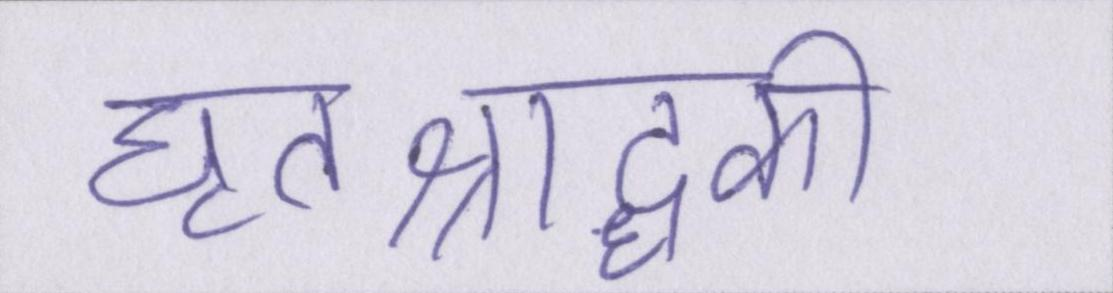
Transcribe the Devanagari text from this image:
घृतश्राद्धकी